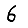
Digit: 6